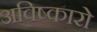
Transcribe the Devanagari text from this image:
अविष्कारो